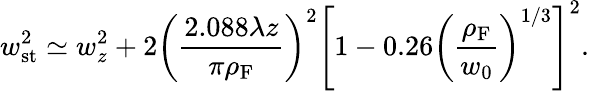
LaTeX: w_{\mathrm{st}}^{2}\simeq w_{z}^{2}+2\left(\frac{2.088\lambda z}{\pi\rho_{\mathrm{F}}}\right)^{2}\left[1-0.26\left(\frac{\rho_{\mathrm{F}}}{w_{0}}\right)^{1/3}\right]^{2}.